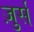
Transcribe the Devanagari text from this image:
ज़ुर्स